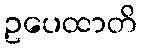
ဥပေထာတိ